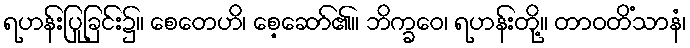
ရဟန်းပြုခြင်း၌။ စေတေဟိ၊ စေ့ဆော်၏။ ဘိက္ခဝေ၊ ရဟန်းတို့။ တာဝတိံသာနံ၊